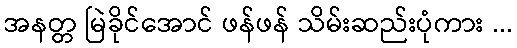
အနတ္တ မြဲခိုင်အောင် ဖန်ဖန် သိမ်းဆည်းပုံကား ...